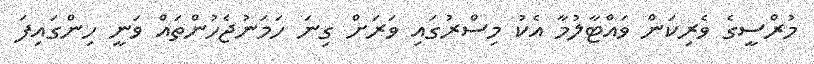
މުރްސީގެ ވެެރިކަން ވައްޓާލުމާ އެކު މިސްރުގައި ވަރަށް ގިނަ ހަމަނުޖެހުންތައް ވަނީ ހިންގައިފަ